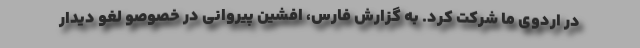
در اردوی ما شرکت کرد. به گزارش فارس، افشین پیروانی در خصوصو لغو دیدار